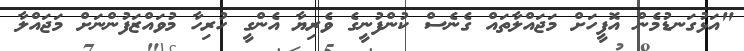
"އަޅުގަނޑުމެން އޮފީހަށް މަޖައްލާތައް ގެނެސް ކުންފުނީގެ ވެރިޔާ އެންގީ ހުރިހާ މުވައްޒަފުންނަށް މަޖައްލާ